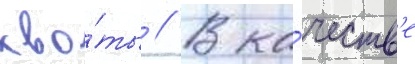
кво́ты // В ка́честв'е